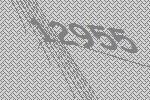
12955